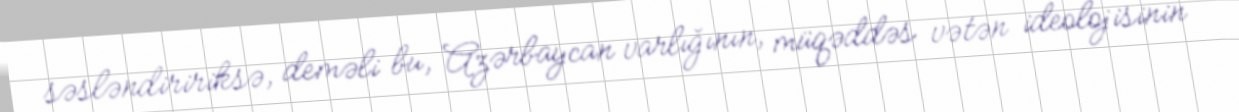
səsləndiririksə, deməli bu, Azərbaycan varlığının, müqəddəs vətən ideolojisinin